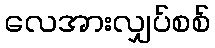
လေအားလျှပ်စစ်